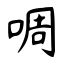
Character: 啁